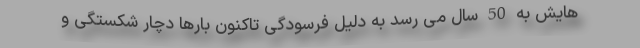
هایش به 50 سال می رسد به دلیل فرسودگی تاکنون بارها دچار شکستگی و